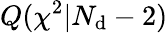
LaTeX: Q({\chi}^{2}|N_{\mathrm{d}}-2)